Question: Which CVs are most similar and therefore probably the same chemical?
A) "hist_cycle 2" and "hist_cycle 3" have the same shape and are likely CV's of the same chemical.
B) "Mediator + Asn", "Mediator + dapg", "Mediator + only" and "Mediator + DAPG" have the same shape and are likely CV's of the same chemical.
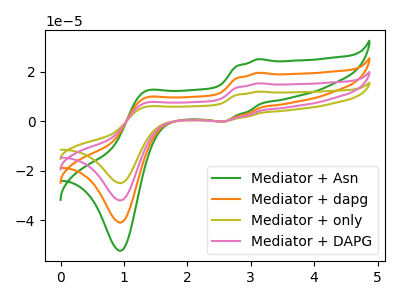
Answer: <think>The green curve "Mediator + Asn" has anodic peaks at (3.10V, 25.10uA) (1.35V, 11.95uA) and cathodic peaks at (2.60V, -0.15uA) (0.95V, -52.45uA). The orange curve "Mediator + dapg" has anodic peaks at (3.10V, 19.60uA) (1.35V, 9.35uA) and cathodic peaks at (2.60V, -0.10uA) (0.95V, -41.00uA). The olive curve "Mediator + only" has anodic peaks at (3.10V, 58.85uA) (1.35V, 28.05uA) and cathodic peaks at (2.60V, -0.30uA) (0.95V, -122.95uA). The pink curve "Mediator + DAPG" has anodic peaks at (3.10V, 39.20uA) (1.35V, 18.70uA) and cathodic peaks at (2.60V, -0.20uA) (0.95V, -82.00uA).
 All the peaks in "Mediator + Asn" have a peak in "Mediator + dapg" at the same potential. Every peak in "Mediator + Asn" is higher than every peak in "Mediator + dapg". All the peaks in "Mediator + Asn" have a peak in "Mediator + only" at the same potential. Every peak in "Mediator + Asn" is lower than every peak in "Mediator + only". All the peaks in "Mediator + Asn" have a peak in "Mediator + DAPG" at the same potential. Every peak in "Mediator + Asn" is lower than every peak in "Mediator + DAPG". All the peaks in "Mediator + dapg" have a peak in "Mediator + only" at the same potential. Every peak in "Mediator + dapg" is lower than every peak in "Mediator + only". All the peaks in "Mediator + dapg" have a peak in "Mediator + DAPG" at the same potential. Every peak in "Mediator + dapg" is lower than every peak in "Mediator + DAPG". All the peaks in "Mediator + only" have a peak in "Mediator + DAPG" at the same potential. Every peak in "Mediator + only" is higher than every peak in "Mediator + DAPG".</think>
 <answer>B) "Mediator + Asn", "Mediator + dapg", "Mediator + only" and "Mediator + DAPG" have the same shape and are likely CV's of the same chemical.</answer>
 <eval>B</eval>